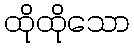
ထိုထိုသော